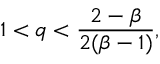
1 < q < \frac { 2 - \beta } { 2 ( \beta - 1 ) } ,